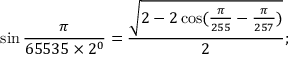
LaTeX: \sin { \frac { \pi } { 6 5 5 3 5 \times 2 ^ { 0 } } } = { \frac { \sqrt { 2 - 2 \cos ( { \frac { \pi } { 2 5 5 } } - { \frac { \pi } { 2 5 7 } } ) } } { 2 } } ;